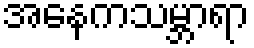
အနေကသမ္ဘာရာ